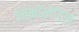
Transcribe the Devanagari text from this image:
निकोलेदिस